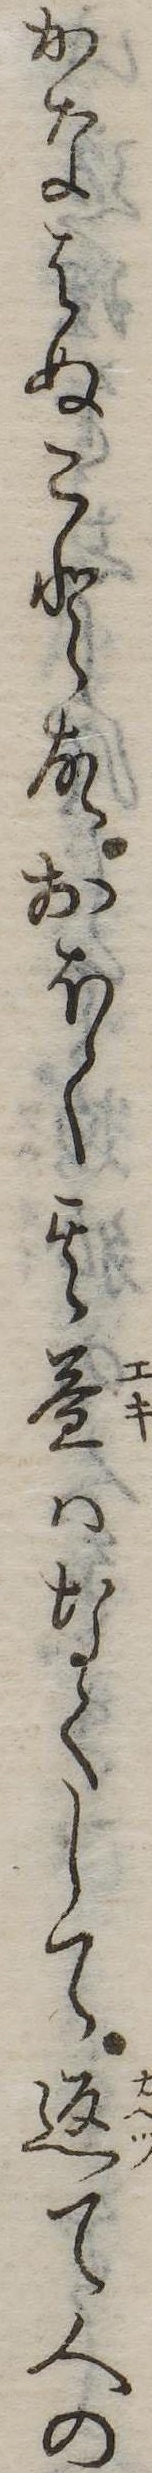
かなはぬこと故おほく其益はなくして返て人の